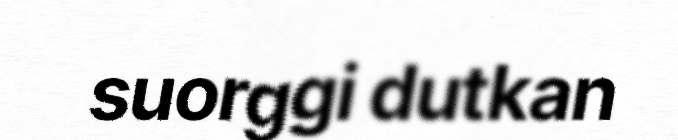
suorggi dutkan